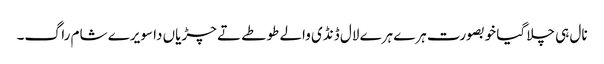
نال ہی چلا گیا خوبصورت ہرے ہرے لال ڈنڈی والے طوطے تے چڑیاں دا سویرے شام راگ۔